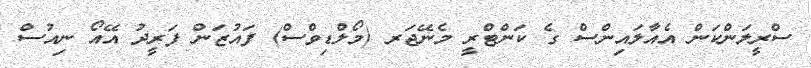
ސްރީލަންކަން އެއާލައިންސް ގެ ކަންޓްރީ މެނޭޖަރ (މޯލްޑިވްސް) ފައުޒަން ފަރީދު އޭއޯ ނިއުސް